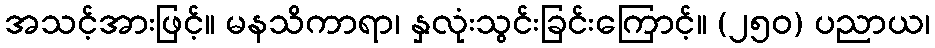
အသင့်အားဖြင့်။ မနသိကာရာ၊ နှလုံးသွင်းခြင်းကြောင့်။ (၂၅၀) ပညာယ၊